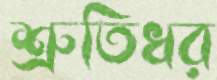
শ্রুতিধর